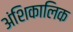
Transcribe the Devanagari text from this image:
अंशिकालिक